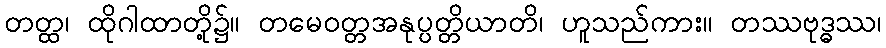
တတ္ထ၊ ထိုဂါထာတို့၌။ တမေဝတ္တအနုပ္ပတ္တိယာတိ၊ ဟူသည်ကား။ တဿဗုဒ္ဓဿ၊